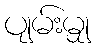
ပျမ်းမျှ